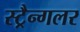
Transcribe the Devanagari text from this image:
स्ट्रैन्गलर